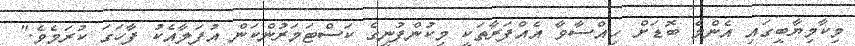
މިކާމިޔާބީގައި އެންމެ ބޮޑަށް ހިއްސާވާ އެއްފަރާތަކީ މިކުންފުނީގެ ކަސްޓަމަރުންކަން އުފަލާއެކު ފާހަގަ ކުރަމެވެ."